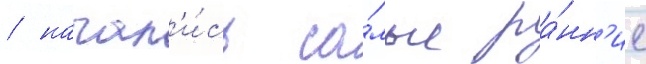
/ начал'и́сь са́мые ра́нн'ие